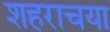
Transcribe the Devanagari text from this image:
शहराचया